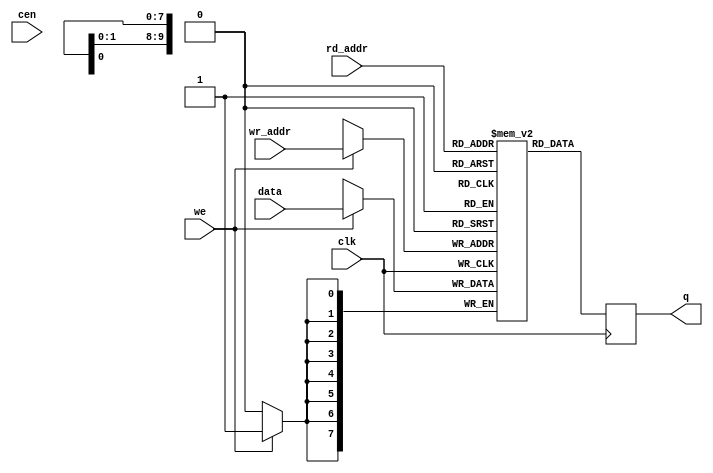
/*  This file is part of JT_GNG.
    JT_GNG program is free software: you can redistribute it and/or modify
    it under the terms of the GNU General Public License as published by
    the Free Software Foundation, either version 3 of the License, or
    (at your option) any later version.

    JT_GNG program is distributed in the hope that it will be useful,
    but WITHOUT ANY WARRANTY; without even the implied warranty of
    MERCHANTABILITY or FITNESS FOR A PARTICULAR PURPOSE.  See the
    GNU General Public License for more details.

    You should have received a copy of the GNU General Public License
    along with JT_GNG.  If not, see <http://www.gnu.org/licenses/>.

    Author: Jose Tejada Gomez. Twitter: @topapate
    Version: 1.0
    Date: 27-10-2017 */

module jtgng_prom #(parameter dw=8, aw=10, simfile="", cen_rd=0 )(
    input   clk,
    input   cen,
    input   [dw-1:0] data,
    input   [aw-1:0] rd_addr,
    input   [aw-1:0] wr_addr,
    input   we,
    output reg [dw-1:0] q
);

reg [dw-1:0] mem[0:(2**aw)-1];

`ifdef SIMULATION
integer f, readcnt;
`ifndef LOADROM
// load the file only when SPI load is not simulated
initial begin
    if( simfile != "" ) begin
        f=$fopen(simfile,"rb");
        if( f != 0 ) begin
            readcnt=$fread( mem, f );
            $display("INFO: %m file %s loaded",simfile);
            $fclose(f);
        end else begin
            $display("WARNING: %m cannot open %s", simfile);
        end
        end
    else begin
        for( readcnt=0; readcnt<(2**aw)-1; readcnt=readcnt+1 )
            mem[readcnt] = {dw{1'b0}};
        end
end
`endif
// check contents after 80ms
reg [dw-1:0] mem_check[0:(2**aw)-1];
initial begin
    #(`MEM_CHECK_TIME);
    f=$fopen(simfile,"rb");
    if( f!= 0 ) begin
        readcnt = $fread( mem_check, f );
        $fclose(f);
        for( readcnt=readcnt-1;readcnt>0; readcnt=readcnt-1) begin
            if( mem_check[readcnt] != mem[readcnt] ) begin
                $display("ERROR: memory content check failed for file %s (%m)", simfile );
                //$finish;
            end
        end
        $display("INFO: %m memory check succedded");
    end
end
`endif

always @(posedge clk) begin
    if( !cen_rd || cen ) q <= mem[rd_addr];
    if( we) mem[wr_addr] <= data; // no clock enable for writtings to allow correct operation during SPI downloading.
end

endmodule // jtgng_ram